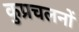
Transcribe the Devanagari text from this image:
कुप्रचलनों